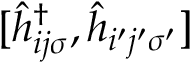
[ \hat { h } _ { i j \sigma } ^ { \dagger } , \hat { h } _ { i ^ { \prime } j ^ { \prime } \sigma ^ { \prime } } ]